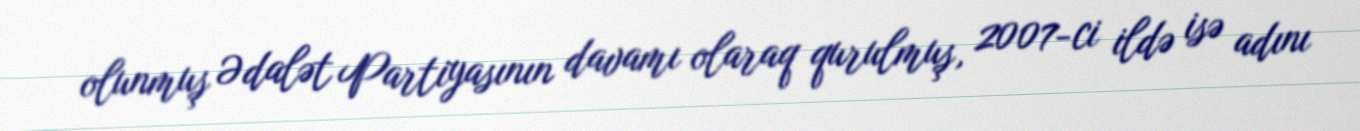
olunmuş Ədalət Partiyasının davamı olaraq qurulmuş, 2007-ci ildə isə adını